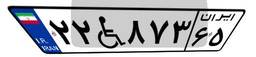
۲۲W۸۷۳۶۵